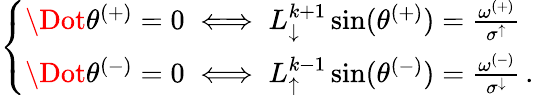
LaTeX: \begin{array}{r}{\left\{ \begin{array}{ll}{\Dot{\theta}^{(+)}=0\iff L_{\downarrow}^{k+1}\sin(\theta^{(+)})=\frac{\omega^{(+)}}{\sigma^{\uparrow}}}\\ {\Dot{\theta}^{(-)}=0\iff L_{\uparrow}^{k-1}\sin(\theta^{(-)})=\frac{\omega^{(-)}}{\sigma^{\downarrow}}\, .}\end{array}\right.}\end{array}